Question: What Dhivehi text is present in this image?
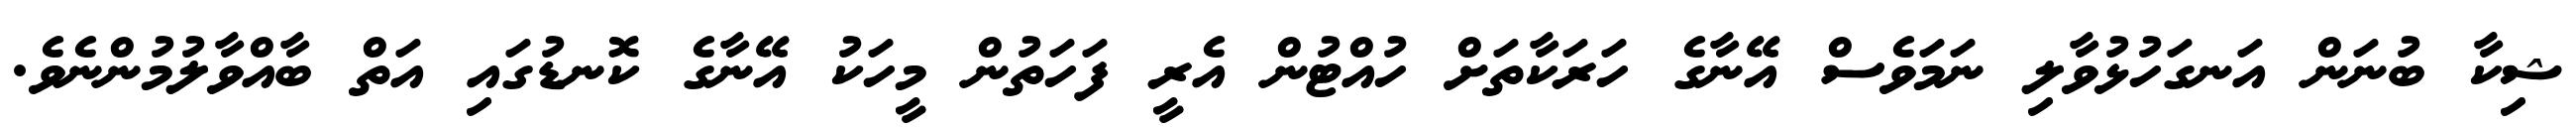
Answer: ޝިކާ ބުނަން އަނގަހުޅުވާލި ނަމަވެސް އޭނާގެ ހަރަކާތަށް ހުއްޓުން އެރީ ފަހަތުން މީހަކު އޭނާގެ ކޮނޑުގައި އަތް ބާއްވާލުމުންނެވެ.